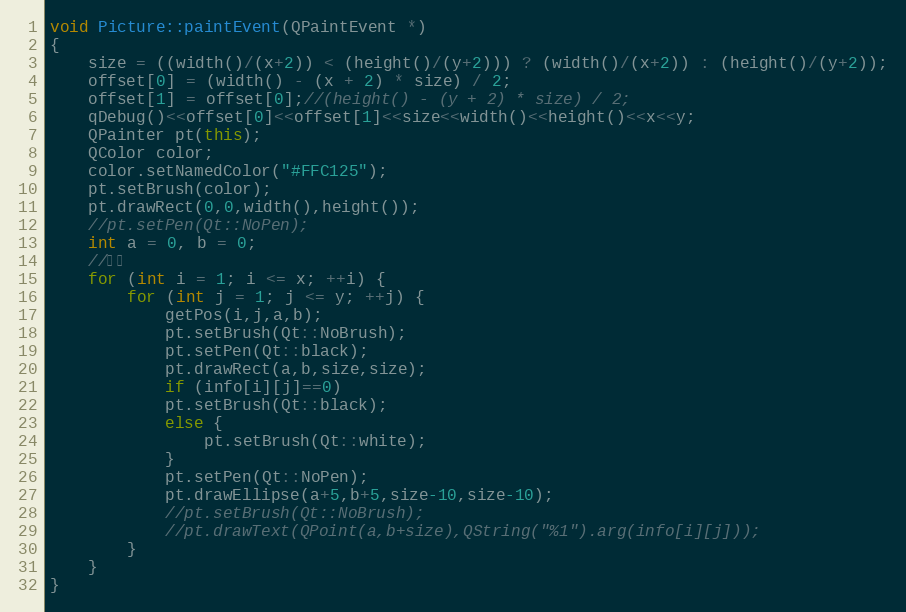
Language: C++
void Picture::paintEvent(QPaintEvent *)
{
    size = ((width()/(x+2)) < (height()/(y+2))) ? (width()/(x+2)) : (height()/(y+2));
    offset[0] = (width() - (x + 2) * size) / 2;
    offset[1] = offset[0];//(height() - (y + 2) * size) / 2;
    qDebug()<<offset[0]<<offset[1]<<size<<width()<<height()<<x<<y;
    QPainter pt(this);
    QColor color;
    color.setNamedColor("#FFC125");
    pt.setBrush(color);
    pt.drawRect(0,0,width(),height());
    //pt.setPen(Qt::NoPen);
    int a = 0, b = 0;
    //网格
    for (int i = 1; i <= x; ++i) {
        for (int j = 1; j <= y; ++j) {
            getPos(i,j,a,b);
            pt.setBrush(Qt::NoBrush);
            pt.setPen(Qt::black);
            pt.drawRect(a,b,size,size);
            if (info[i][j]==0)
            pt.setBrush(Qt::black);
            else {
                pt.setBrush(Qt::white);
            }
            pt.setPen(Qt::NoPen);
            pt.drawEllipse(a+5,b+5,size-10,size-10);
            //pt.setBrush(Qt::NoBrush);
            //pt.drawText(QPoint(a,b+size),QString("%1").arg(info[i][j]));
        }
    }
}